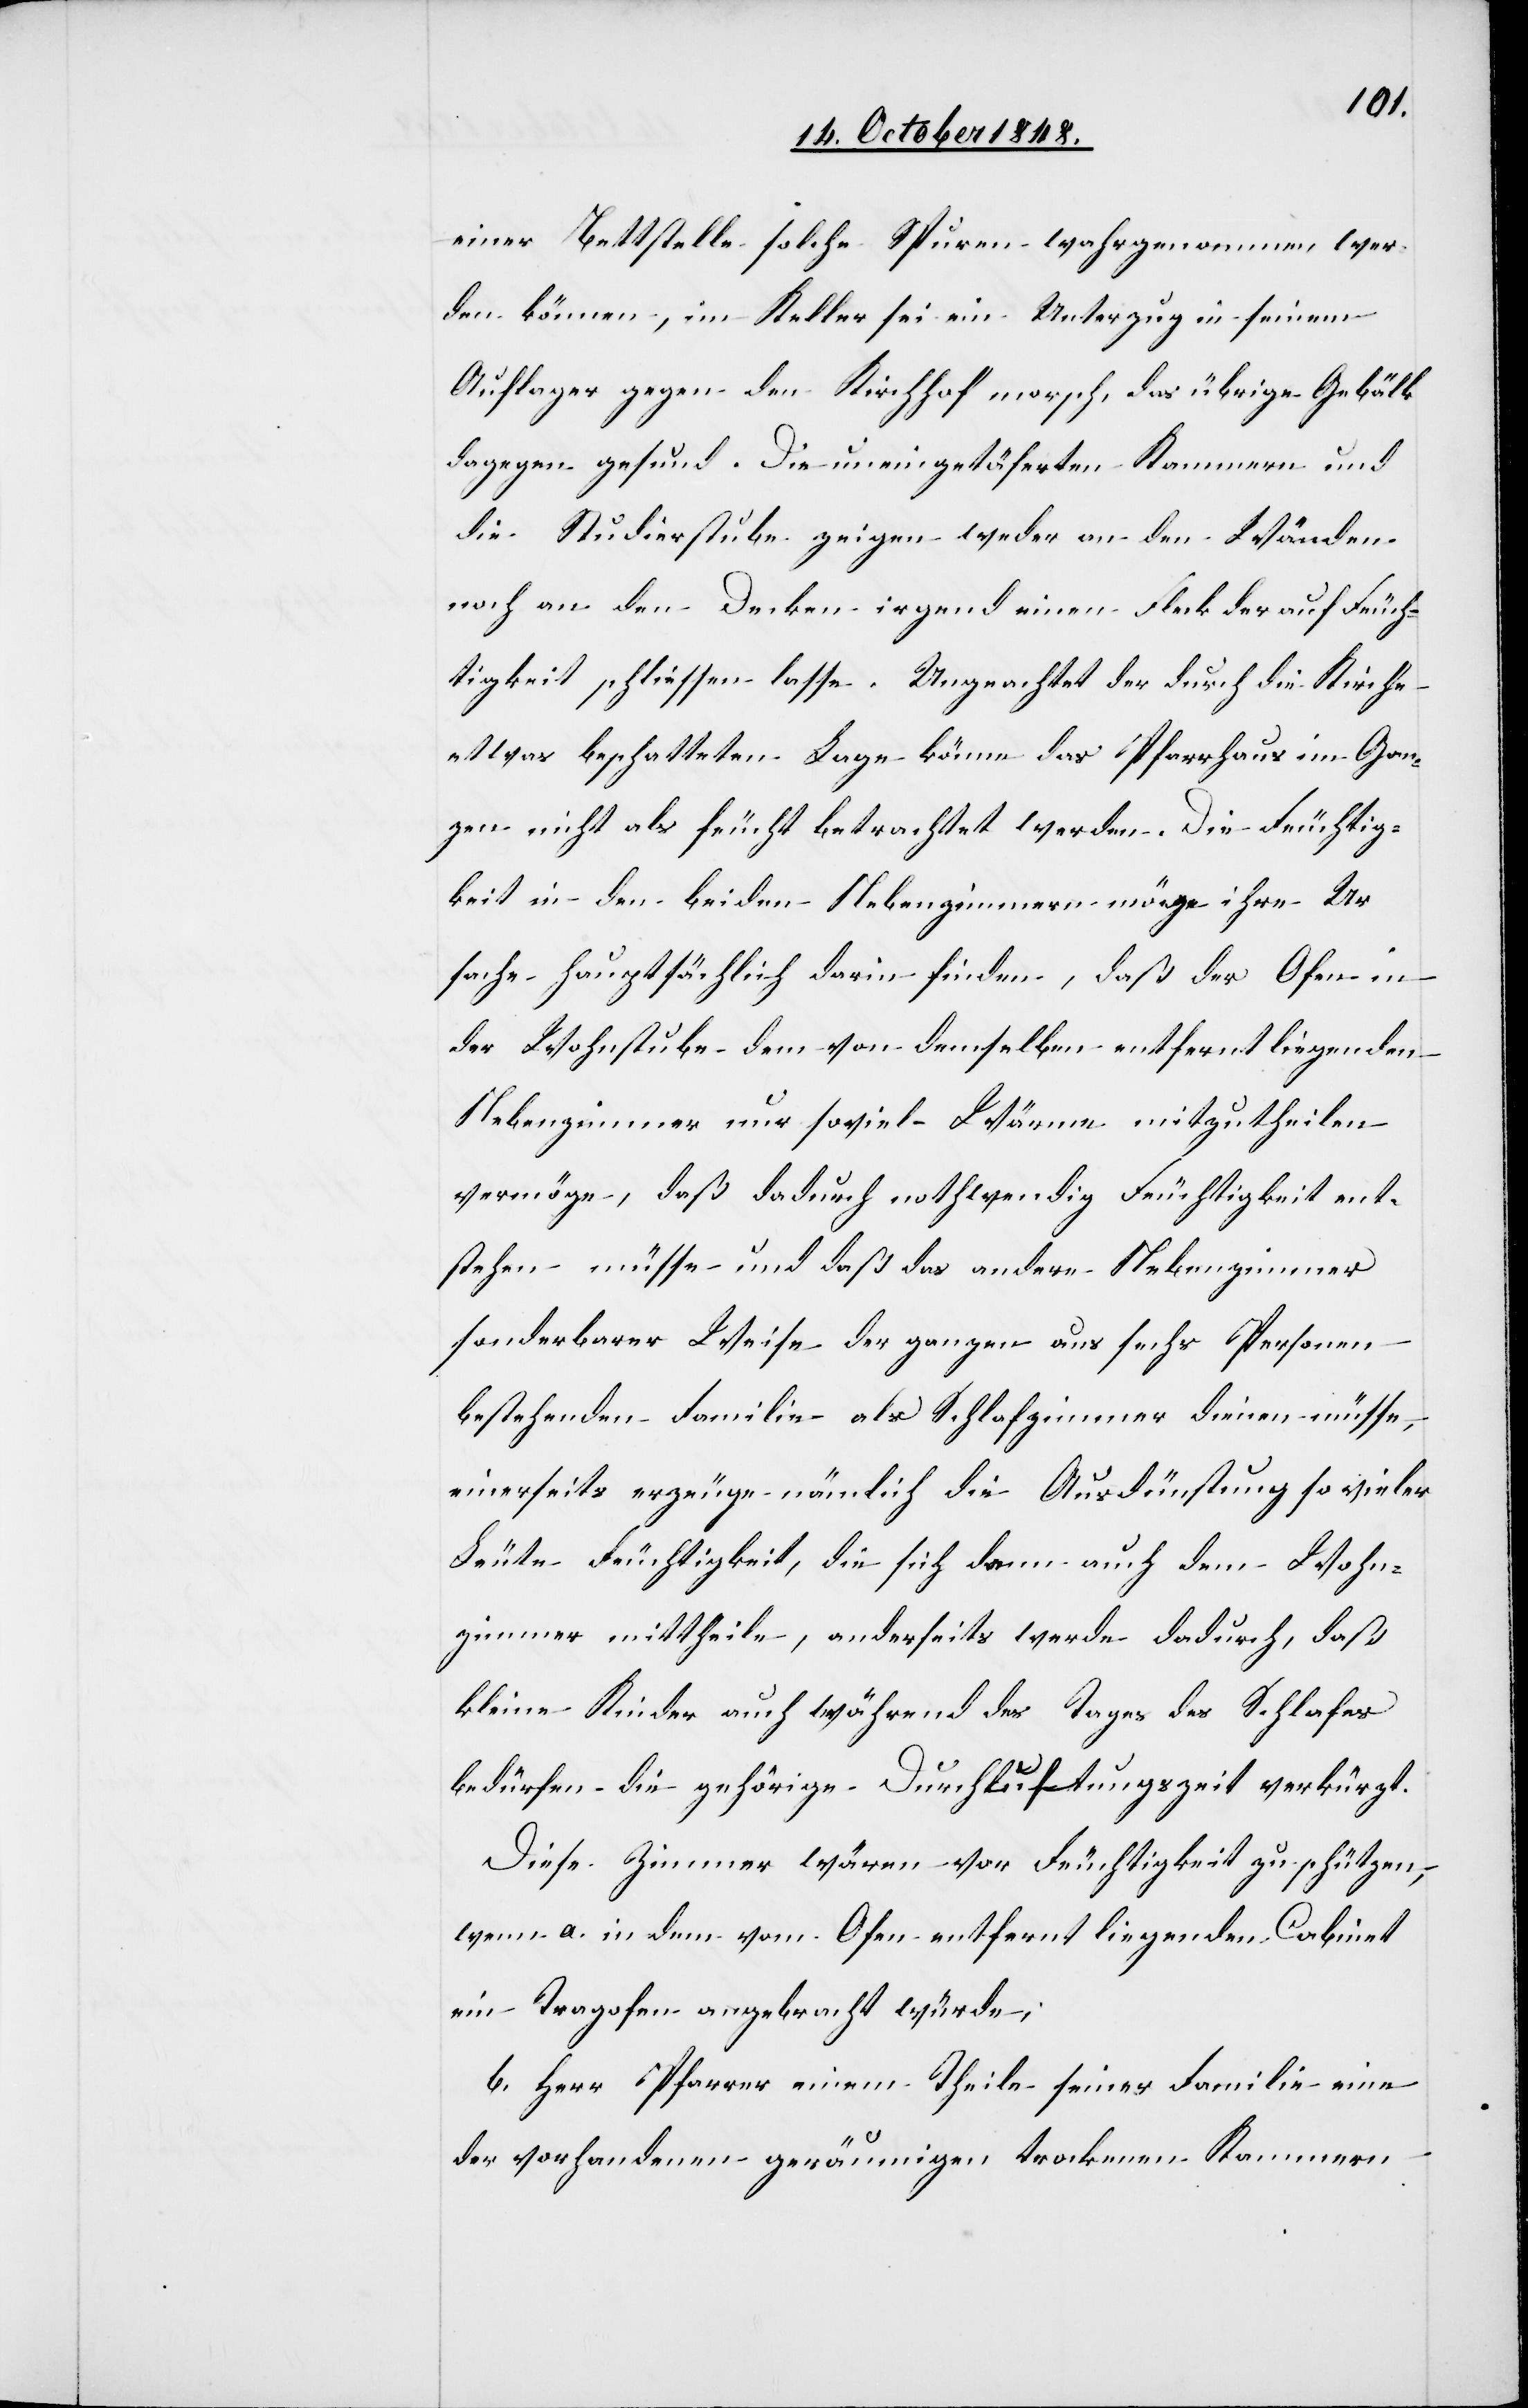
einer Bettstelle solche Spuren wahrgenommen wer¬
den können, im Keller sei ein Unterzug in seinem
Auftrage gegen den Kirchhof morsch, das übrige Gebälk
dagegen gesund. Die uneingetäferten Kammern und
die Studierstube zeigen weder an den Wänden
noch an den Decken irgend einen Fleck der auf Feuch¬
tigkeit schliessen lasse. Ungeachtet der durch die Kirche
etwas beschatteten Lage könne das Pfarrhaus im Gan¬
zen nicht als feucht betrachtet werden. Die Feuchtig¬
keit in den beiden Nebenzimmern möge ihre Ur¬
sache hauptsächlich darin finden, daß der Ofen in
der Wohnstube dem von demselben entfernt liegenden
Nebenzimmer nur soviel Wärme mitzutheilen
vermöge, daß dadurch nothwendig Feuchtigkeit ent¬
stehen müsse und daß das andere Nebenzimmer
sonderbarer Weise der ganzen aus sechs Personen
bestehenden Familie als Schlafzimmer dienen müsse,
einerseits erzeuge nämlich die Ausdünstung so vieler
Leute Feuchtigkeit, die sich dann auch dem Wohn¬
zimmer mittheile, anderseits werde dadurch, daß
kleine Kinder auch während des Tages des Schlafes
bedürfen – die gehörige Durchluftungszeit verkürzt.
Diese Zimmer wären vor Feuchtigkeit zu schützen,
wenn a. in dem vom Ofen entfernt liegenden Cabinet
ein Tragofen angebracht würde;
b. Herr Pfarrer einem Theil seiner Familie eine
der vorhandenen geräumigen trockenen Kammern